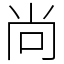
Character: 尚